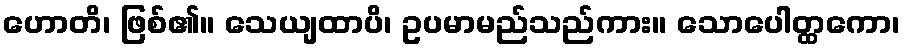
ဟောတိ၊ ဖြစ်၏။ သေယျထာပိ၊ ဥပမာမည်သည်ကား။ သောပေါတ္ထကော၊